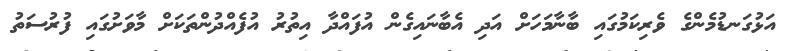
އަޅުގަނޑުމެންގެ ވެރިކަމުގައި ބާނާމަހަށް އަދި އެބާނައިގެން އުފައްދާ އިތުރު އުފެއްދުންތަކަށް މާވަށުގައި ފުރުސަތު